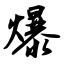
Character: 爆